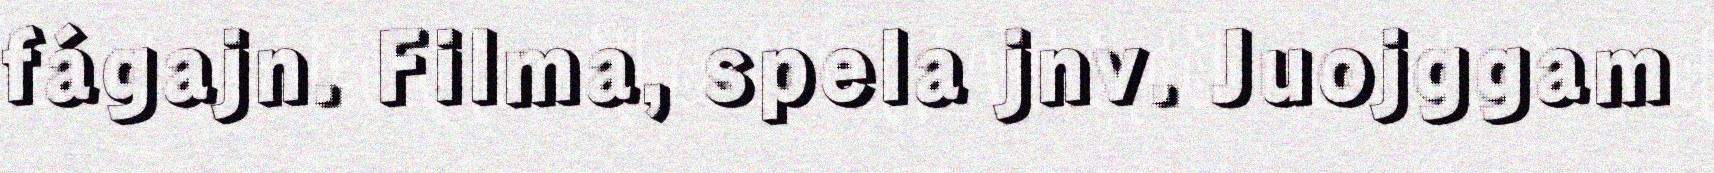
fágajn. Filma, spela jnv. Juojggam